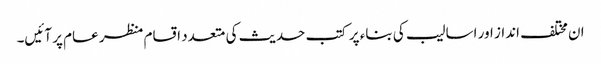
ان مختلف انداز اور اسالیب کی بناء پر کتب حدیث کی متعدد اقسام منظر عام پر آئیں۔